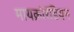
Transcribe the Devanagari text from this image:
मायक्रोरॅडियन